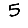
Digit: 5